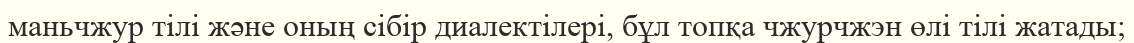
маньчжур тілі және оның сібір диалектілері, бұл топқа чжурчжэн өлі тілі жатады;